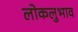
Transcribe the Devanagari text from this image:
लोकलुभाव